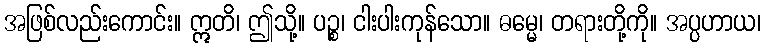
အဖြစ်လည်းကောင်း။ ဣတိ၊ ဤသို့။ ပဉ္စ၊ ငါးပါးကုန်သော။ ဓမ္မေ၊ တရားတို့ကို။ အပ္ပဟာယ၊